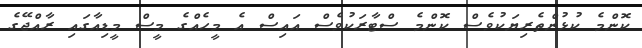
ކޮންމެ ކުޅުންތެރިޔަކުވެސް ކޮންމެ ސްޓާރަކުވެސް އައިސް އެ މީހެއްގެ މީސް މީޑިއާގައި ރާއްޖޭގެ